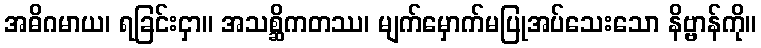
အဓိဂမာယ၊ ရခြင်းငှာ။ အသစ္ဆိကတဿ၊ မျက်မှောက်မပြုအပ်သေးသော နိဗ္ဗာန်ကို။